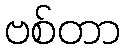
ဗစ်တာ